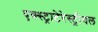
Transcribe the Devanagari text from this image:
एक्स्ट्राटेरेस्ट्रीयल